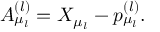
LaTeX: A _ { \mu _ { l } } ^ { ( l ) } = X _ { \mu _ { l } } - p _ { \mu _ { l } } ^ { ( l ) } .